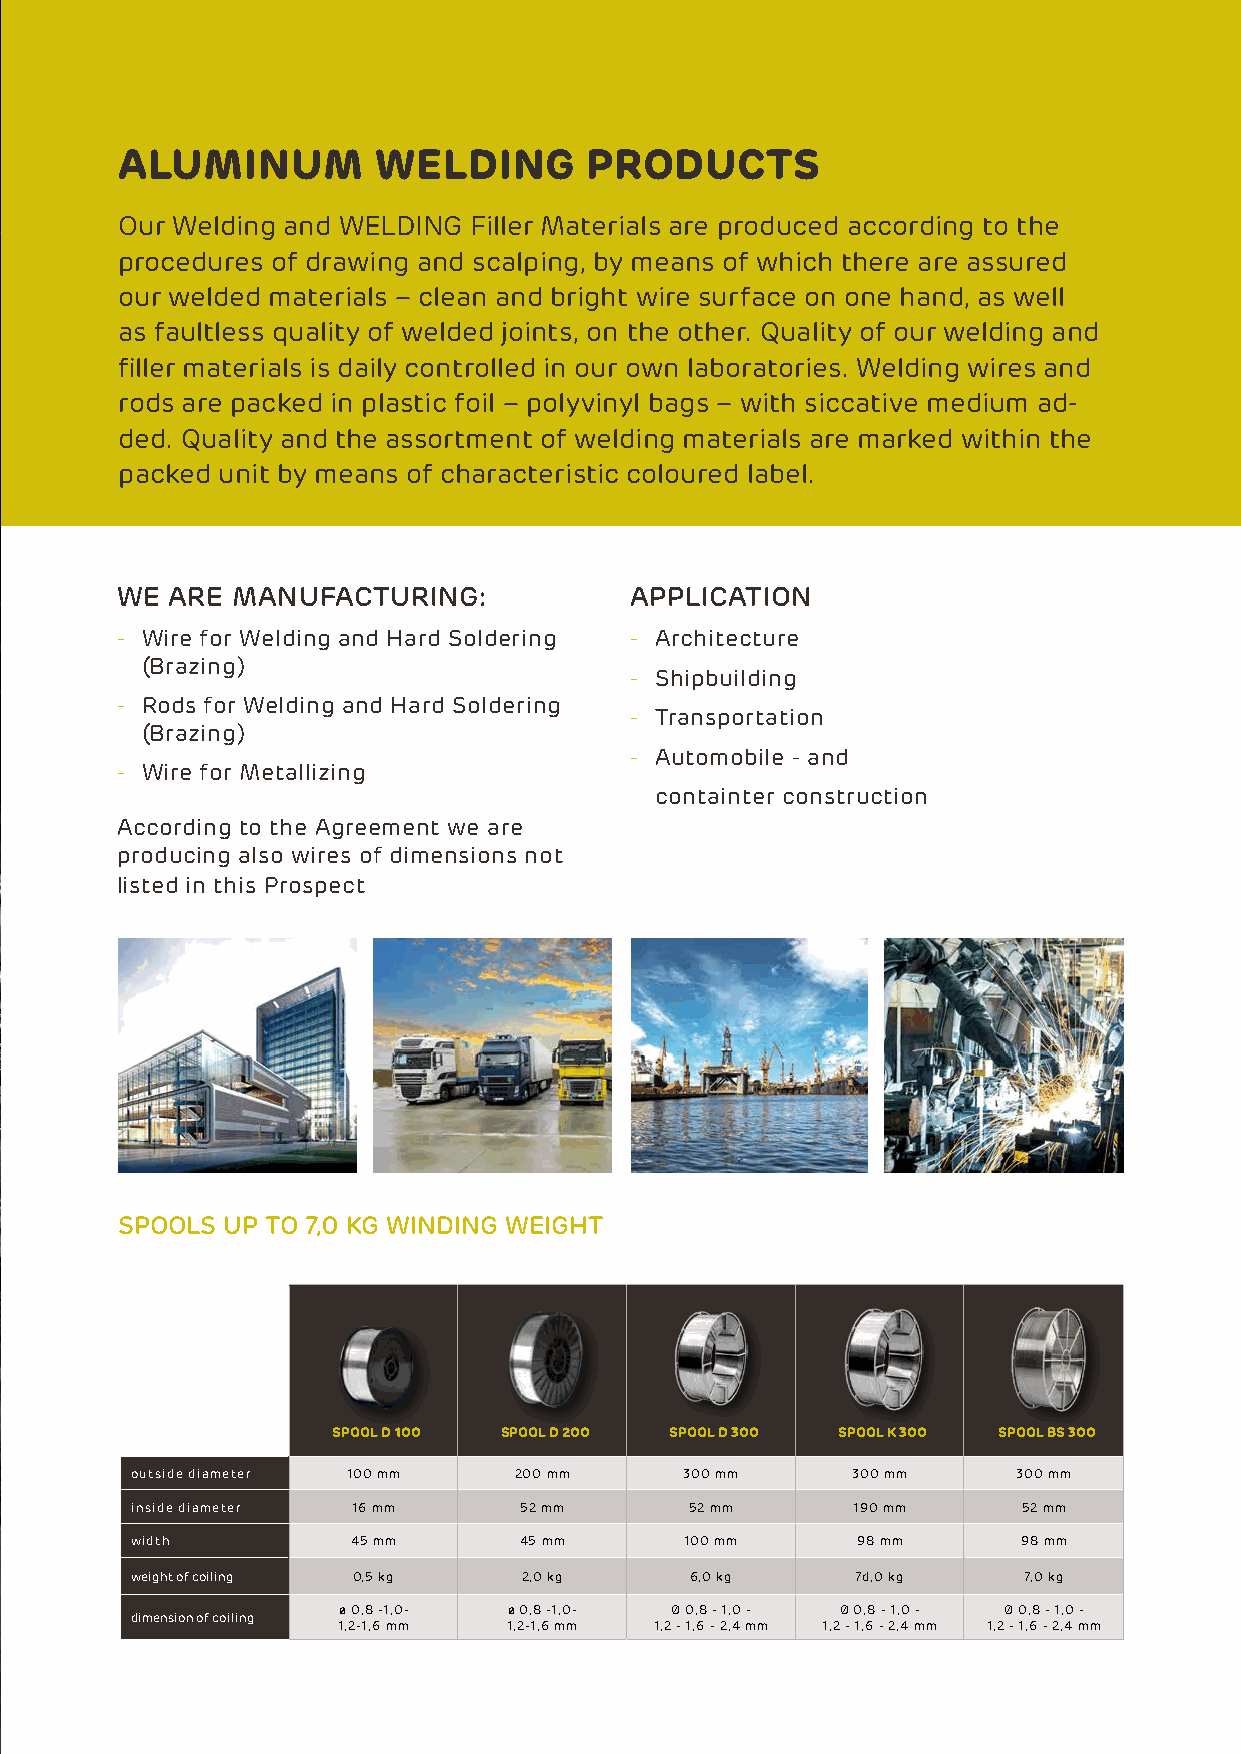
Aluminum         WeldinG       PrOduCts
 our Welding and WEldINg Filler Materials are produced according to the
 procedures of drawing and scalping, by means of which there are assured
 our welded materials – clean and bright wire surface on one hand, as well
 as faultless quality of welded joints, on the other. Quality of our welding and
 filler materials is daily controlled in our own laboratories. Welding wires and
 rods are packed in plastic foil – polyvinyl bags – with siccative medium ad-
 ded. Quality and the assortment of welding materials are marked within the
 packed unit by means of characteristic coloured label.
 WE arE MaNUfacTUrING:             aPPLIcaTION
 - Wire for Welding and Hard Soldering - architecture
 (Brazing)
 - Shipbuilding
 - rods for Welding and Hard Soldering
 - transportation
 (Brazing)
 - automobile - and
 - Wire for Metallizing
 containter construction
 according to the agreement we are
 producing also wires of dimensions not
 listed in this prospect
 SPOOLS UP TO 7,0 KG WINDING WEIGHT
 sPOOl d 100 sPOOl d 200 sPOOl d 300 sPOOl K 300 sPOOl bs 300
 outside diameter 100 mm  200 mm     300 mm     300 mm     300 mm
 inside diameter 16 mm    52 mm       52 mm     190 mm      52 mm
 width         45 mm      45 mm      100 mm      98 mm      98 mm
 weight of coiling 0,5 kg  2,0 kg     6,0 kg     7d,0 kg    7,0 kg
 ø 0,8 -1,0- ø 0,8 -1,0- Ø 0,8 - 1,0 - Ø 0,8 - 1,0 - Ø 0,8 - 1,0 -
 dimension of coiling
 1,2-1,6 mm  1,2-1,6 mm 1,2 - 1,6 - 2,4 mm 1,2 - 1,6 - 2,4 mm 1,2 - 1,6 - 2,4 mm